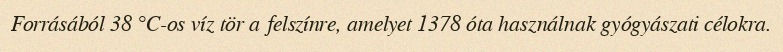
Forrásából 38 °C-os víz tör a felszínre, amelyet 1378 óta használnak gyógyászati célokra.